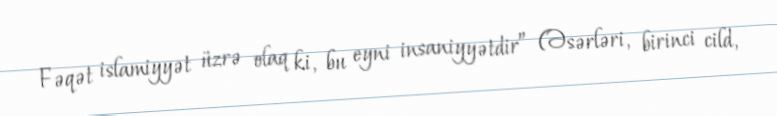
Fəqət islamiyyət üzrə olaq ki, bu eyni insaniyyətdir” (Əsərləri, birinci cild,